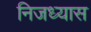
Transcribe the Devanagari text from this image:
निजध्यास